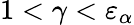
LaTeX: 1<\gamma<\varepsilon_{\alpha}